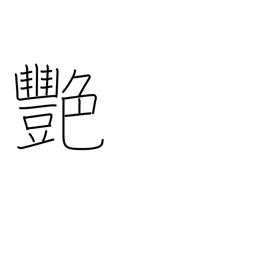
Meaning: luster